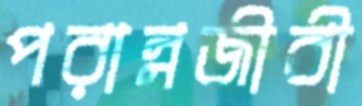
পরান্নজীবী